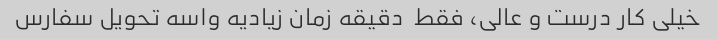
خیلی کار درست و عالی، فقط  دقیقه زمان زیادیه واسه تحویل سفارس